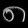
Digit: ၈